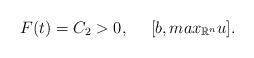
LaTeX: \begin{align*}F(t)=C_2>0,~~~~[b,max_{\mathbb{R}^n}u].\end{align*}